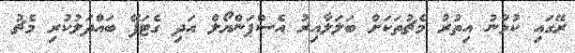
ރޭގައި ކުޅުނު އިތުރު މެޗުތަކަށް ބަލަލާއިރު އެސްޕަންޔޯލް އަދި ގެޓަފޭ ބައްދަލުކުރި މެޗު